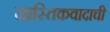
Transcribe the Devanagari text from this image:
नास्तिकवादाची